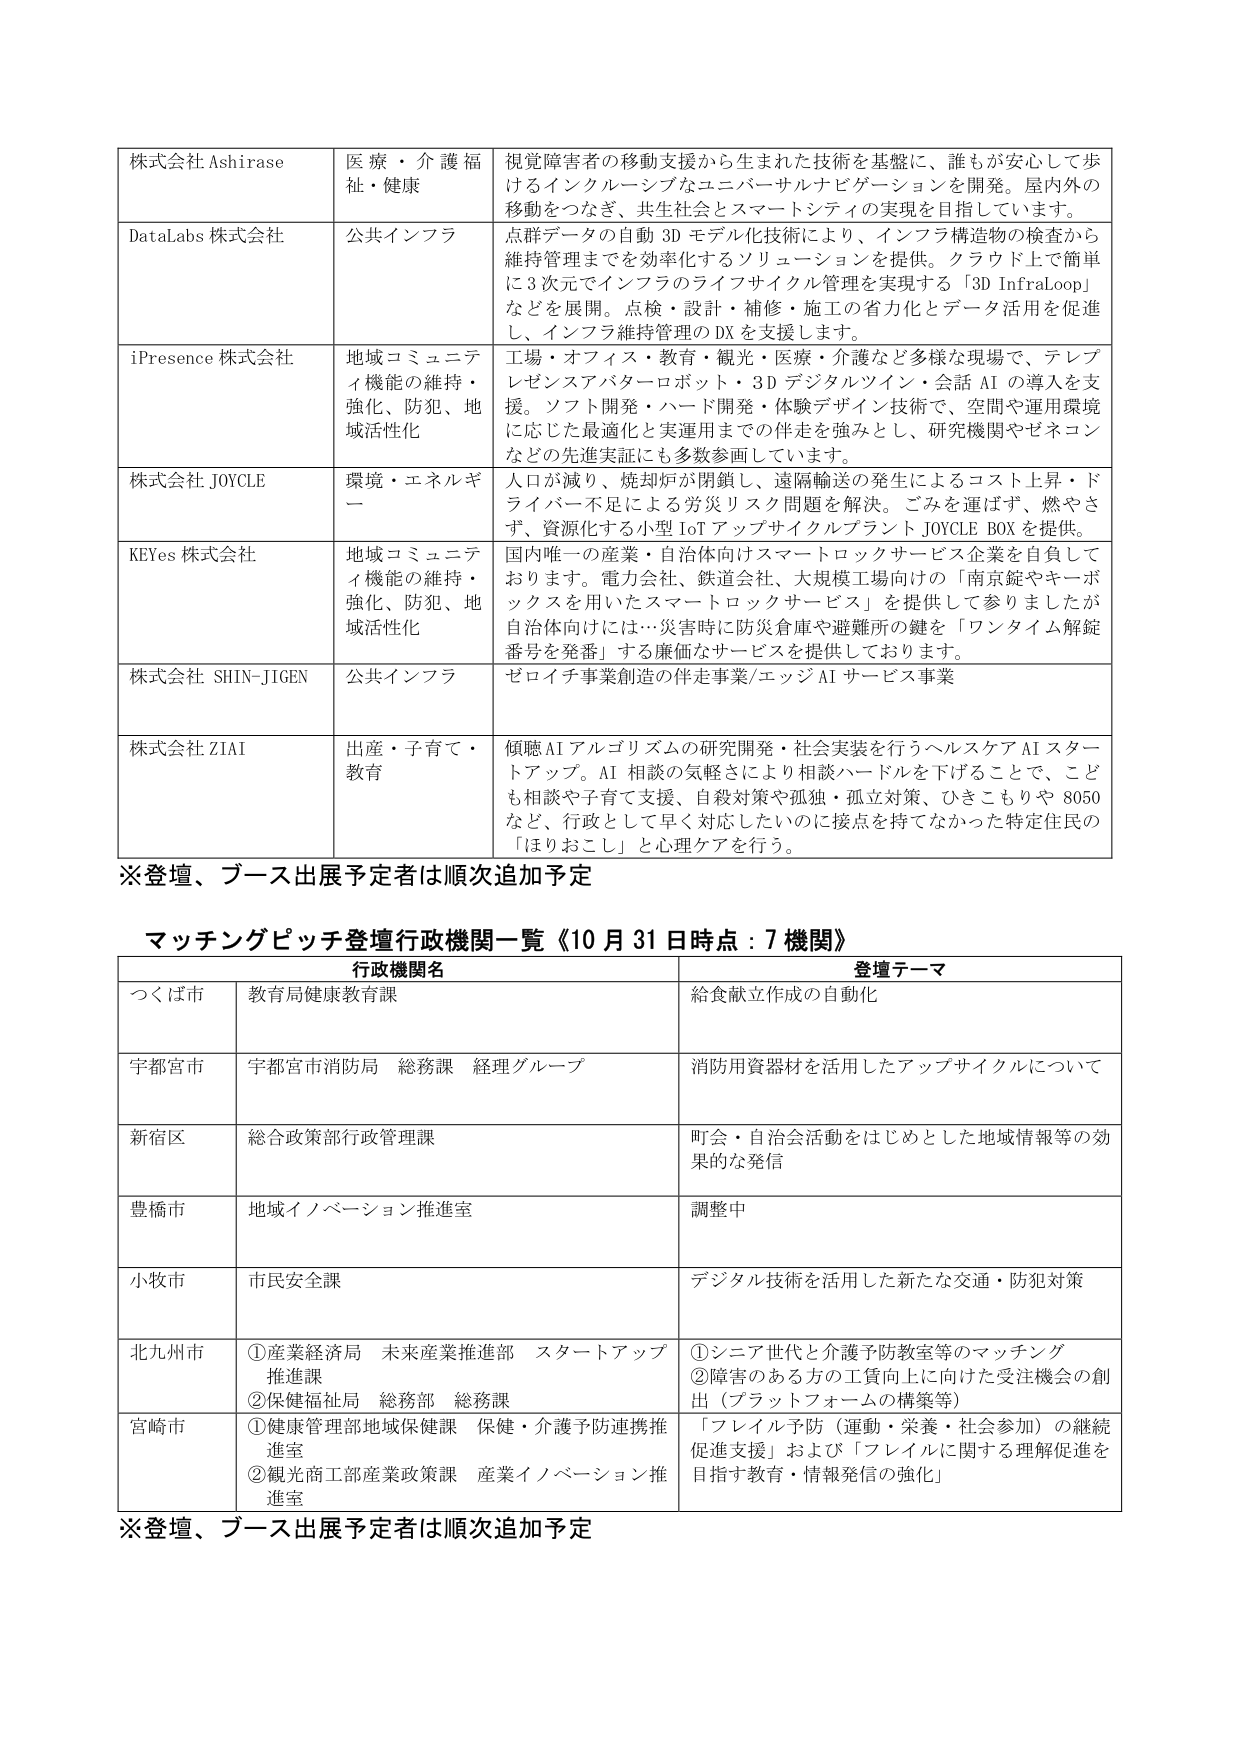
株式会社 Ashirase
医療・介護福祉・健康
視覚障害者の移動支援から生まれた技術を基盤に、誰もが安心して歩けるインクルーシブなユニバーサルナビゲーションを開発。屋内外の移動をつなぎ、共生社会とスマートシティの実現を目指しています。

DataLabs 株式会社
公共インフラ
点群データの自動 3D モデル化技術により、インフラ構造物の検査から維持管理までを効率化するソリューションを提供。クラウド上で簡単に 3 次元でインフラのライフサイクル管理を実現する「3D InfraLoop」などを展開。点検・設計・補修・施工の省力化とデータ活用を促進し、インフラ維持管理の DX を支援します。

iPresence 株式会社
地域コミュニティ機能の維持・強化、防犯、地域活性化
工場・オフィス・教育・観光・医療・介護など多様な現場で、テレプレゼンスアバターロボット・3D デジタルツイン・会話 AI の導入を支援。ソフト開発・ハード開発・体験デザイン技術で、空間や運用環境に応じた最適化と実運用までの伴走を強みとし、研究機関やゼネコンなどの先進実証にも多数参画しています。

株式会社 JOYCLE
環境・エネルギー
人口が減り、焼却炉が閉鎖し、遠隔輸送の発生によるコスト上昇・ドライバー不足による労災リスク問題を解決。ごみを運ばず、燃やさず、資源化する小型 IoT アップサイクルプラント JOYCLE BOX を提供。

KEYes 株式会社
地域コミュニティ機能の維持・強化、防犯、地域活性化
国内唯一の産業・自治体向けスマートロックサービス企業を自負しております。電力会社、鉄道会社、大規模工場向けの「南京錠やキーボックスを用いたスマートロックサービス」を提供して参りましたが、自治体向けには…災害時に防災倉庫や避難所の鍵を「ワンタイム解錠番号を発番」する廉価なサービスを提供しております。

株式会社 SHIN-JIGEN
公共インフラ
ゼロイチ事業創造の伴走事業/エッジ AI サービス事業

株式会社 ZIAI
出産・子育て・教育
傾聴 AI アルゴリズムの研究開発・社会実装を行うヘルスケア AI スタートアップ。AI 相談の気軽さにより相談ハードルを下げることで、こども相談や子育て支援、自殺対策や孤独・孤立対策、ひきこもりや 8050 など、行政として早く対応したいのに接点を持てなかった特定住民の「ほりおこし」と心理ケアを行う。

※登壇、ブース出展予定者は順次追加予定

マッチングピッチ登壇行政機関一覧《10月31日時点：7機関》

行政機関名